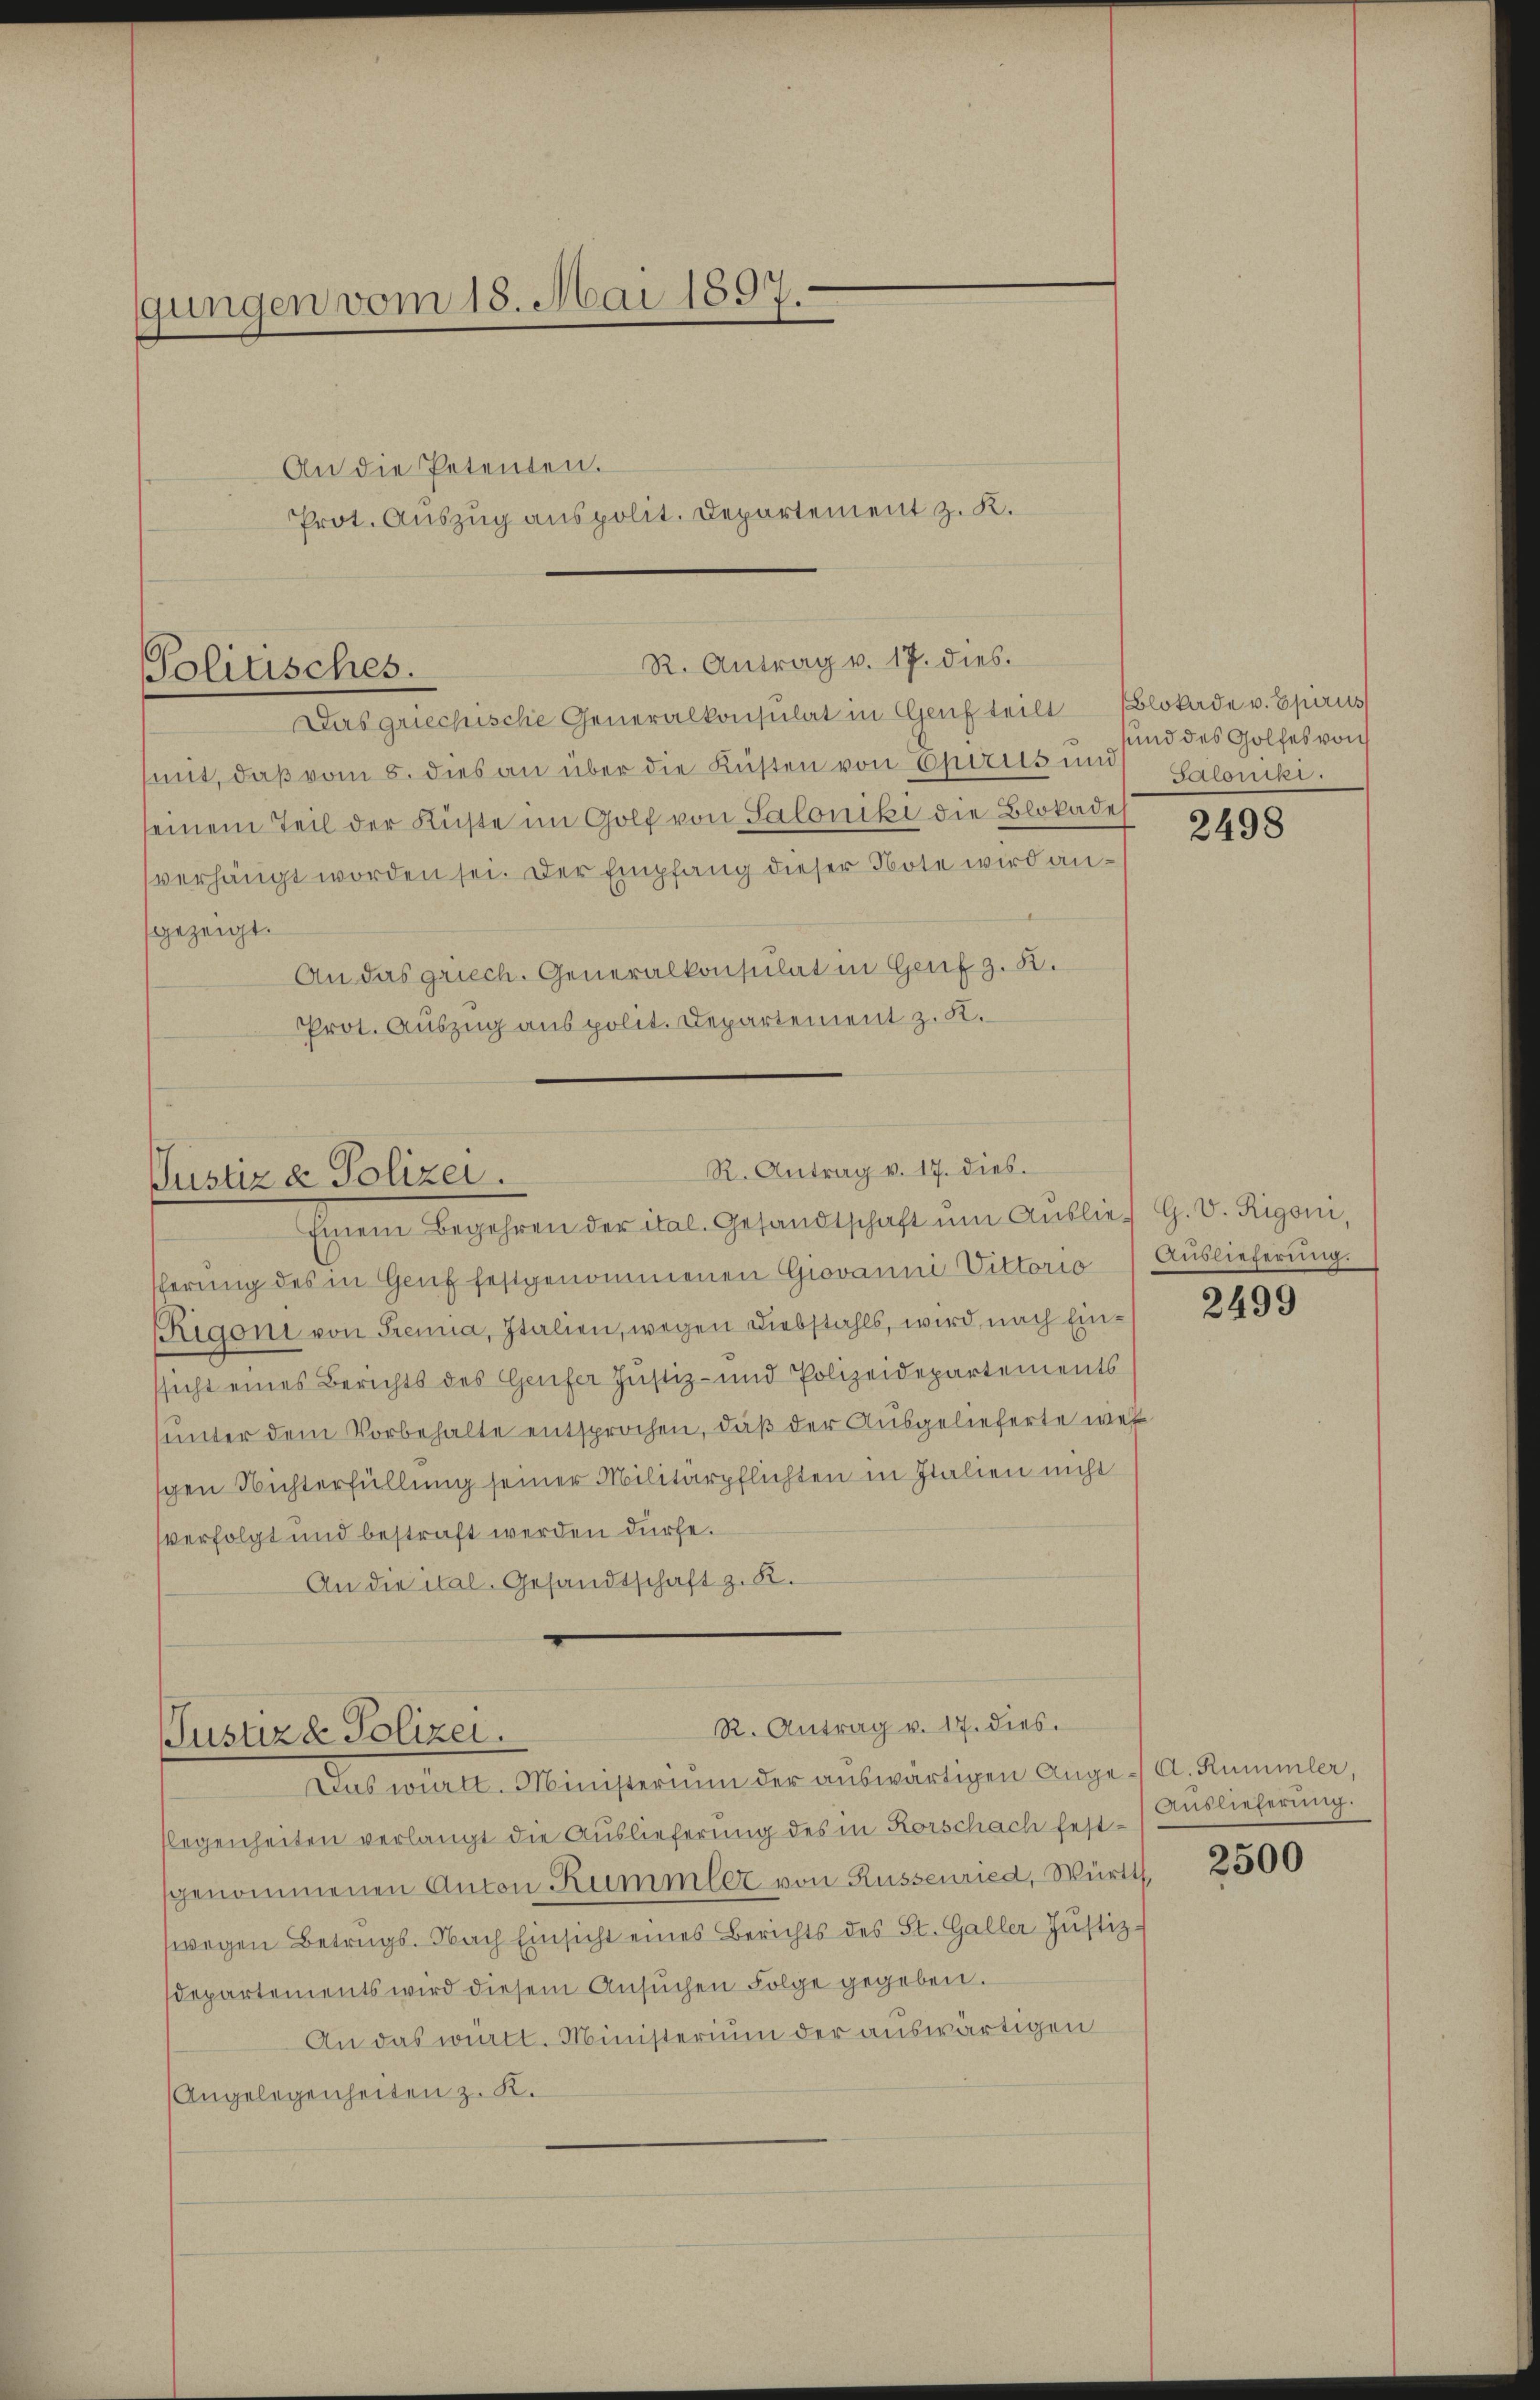
gungen vom 18. Mai 1897.
An die Petenten.
Prot. Auszug aus polit. Departement z. K.

R. Antrag v. 17. dies.
Politisches.
Das griechische Generalkonsulat in Genf teilt (Blokade v. Epirus

mit, daß vom 5. dies an über die Küsten von Epirisum Saloniki.
seinem Teil der Küste im Golf von Saloniki die Blokade
verhängt worden sei. Der Empfang dieser Note wird angezeigt.
An das griech. Generalkonsulat in Genf z. B.
Prot. Auszug aus polit. Departement z. K.

R. Antrag v. 17. dies.
Justiz & Polizei.
Einem Begehren der ital. Gesandtschaft ŭm Aŭslief G. V. Rigoni,

R. Antrag v. 17. dies
Justizd Polizei.

und des Golfes von

fferung des in Genf festgenommenen Giovanni Vittorio
Rigoni von Prenia, Italien, wegen Diebstahls, wird nach Einssicht eines Berichts des Genfer Justiz- und Polizeidepartements
unter dem Vorbehalte entsprochen, daß der Ausgelieferte wes
schen Nichterfüllung seiner Militärpflichten in Italien nicht
verfolgt und bestraft werden dürfe.
An die ital. Gesandtschaft z. B.

Das württ. Ministerium der auswärtigen Ange- A. Rümmler,
flegenheiten verlangt die Auslieferung des in Korschach festsgenommenen Anton Kümmler von Russenried, Württ
wegen Betrags. Nach Einsicht eines Berichts des St. Galler Justiz-
departements wird diesem Ansŭchen Folge gegeben.
An das württ. Ministerium der auswärtigen
(Angelegenheiten z. K.

2498

Auslieferung.

2499

Auslieferung.

2500